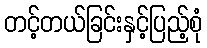
တင့်တယ်ခြင်းနှင့်ပြည့်စုံ